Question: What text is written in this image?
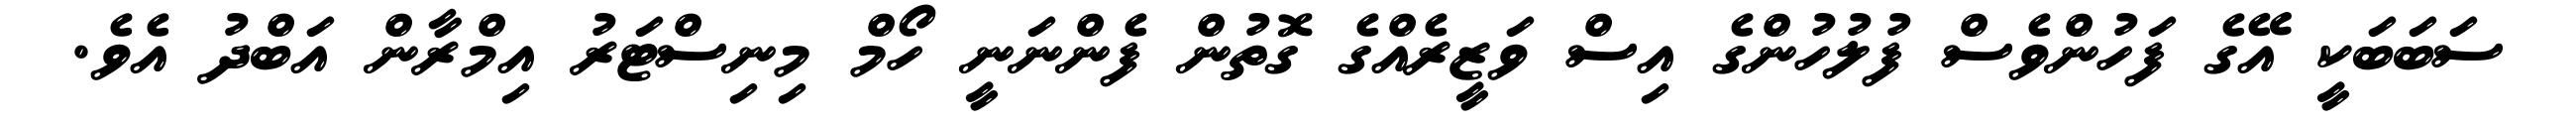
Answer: ސަބަބަކީ އޭގެ ފަހުންވެސް ފުލުހުންގެ އިސް ވަޒީރެއްގެ ގޮތުން ފެންނަނީ ހޯމް މިނިސްޓަރު އިމްރާން އަބްދު އެވެ.